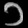
Digit: ၁